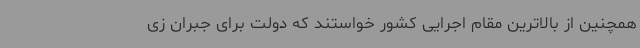
همچنین از بالاترین مقام اجرایی کشور خواستند که دولت برای جبران زی